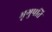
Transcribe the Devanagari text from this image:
भृगुपति